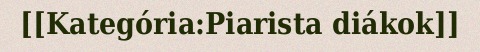
[[Kategória:Piarista diákok]]